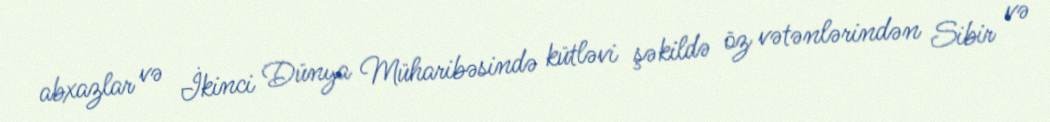
abxazlar və İkinci Dünya Müharibəsində kütləvi şəkildə öz vətənlərindən Sibir və